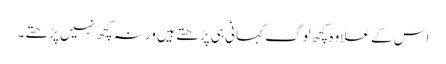
اس کے علاوہ کچھ لوگ کہانی ہی پڑھتے ہیں ورنہ کچھ نہیں پڑھتے۔